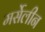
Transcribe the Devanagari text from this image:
मर्सेलीन